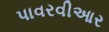
પાવરવીઆર